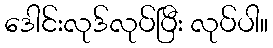
ဒေါင်းလုဒ်လုပ်ပြီး လုပ်ပါ။